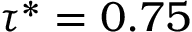
\tau ^ { * } = 0 . 7 5